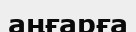
аңғарға